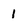
Character: 1